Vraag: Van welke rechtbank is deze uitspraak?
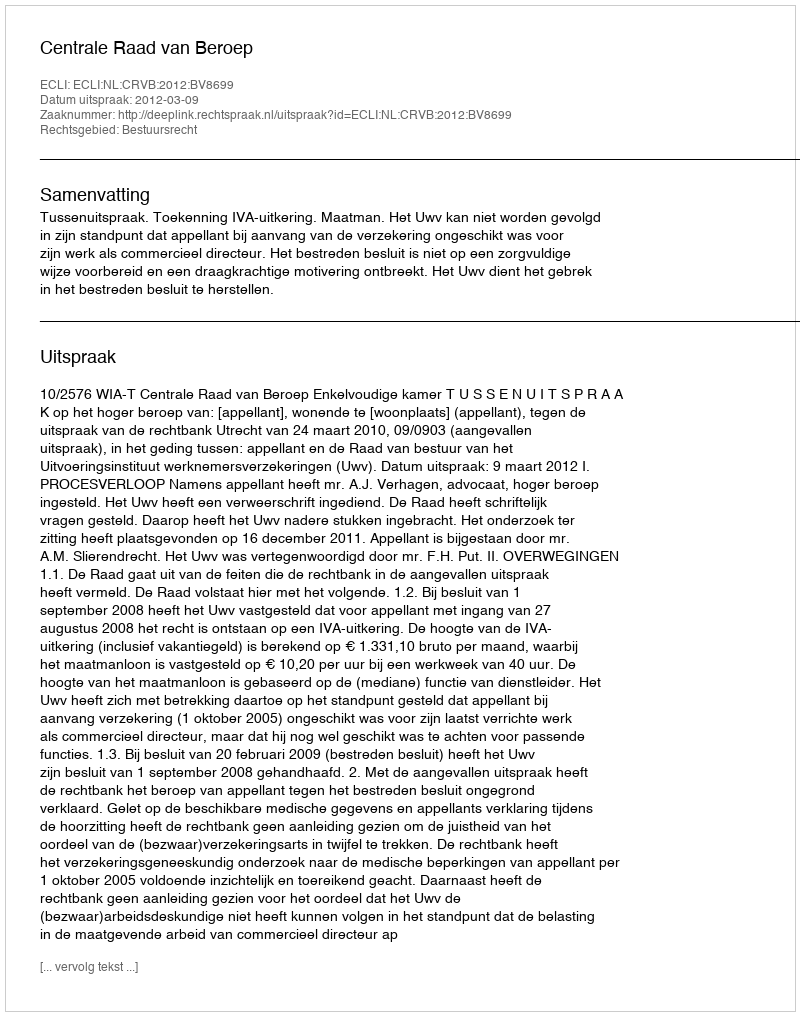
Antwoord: Centrale Raad van Beroep